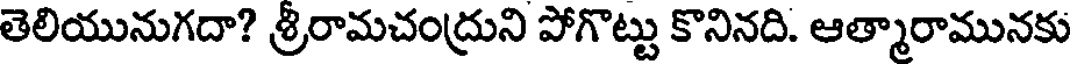
తెలియునుగదా? శ్రీరామచంద్రుని పోగొట్టు కొనినది. ఆత్మారామునకు